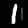
Digit: 1